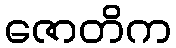
ဇောတိက